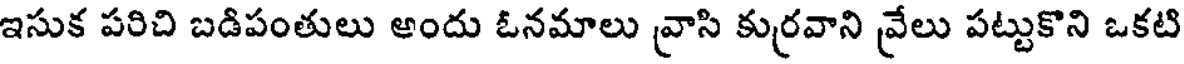
ఇసుక పరిచి బడిపంతులు అందు ఓనమాలు వ్రాసి కుర్రవాని వ్రేలు పట్టుకొని ఒకటి